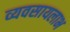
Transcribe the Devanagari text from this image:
व्यवसायलाभ